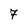
Character: 7